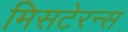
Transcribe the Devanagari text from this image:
मिसटेरन्स